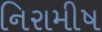
નિરામીષ